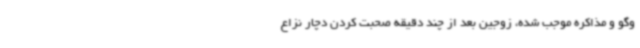
وگو و مذاکره موجب شده، زوجین بعد از چند دقیقه صحبت کردن دچار نزاع